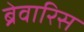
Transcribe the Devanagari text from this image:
ब्रेवारिस